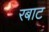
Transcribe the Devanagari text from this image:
रबाट